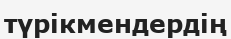
түрікмендердің